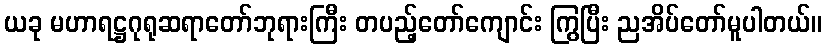
ယခု မဟာရဋ္ဌဂုရုဆရာတော်ဘုရားကြီး တပည့်တော်ကျောင်း ကြွပြီး ညအိပ်တော်မူပါတယ်။